Indian journal of veterinary science and animal husbandry - Volume 6,
Year: 1936
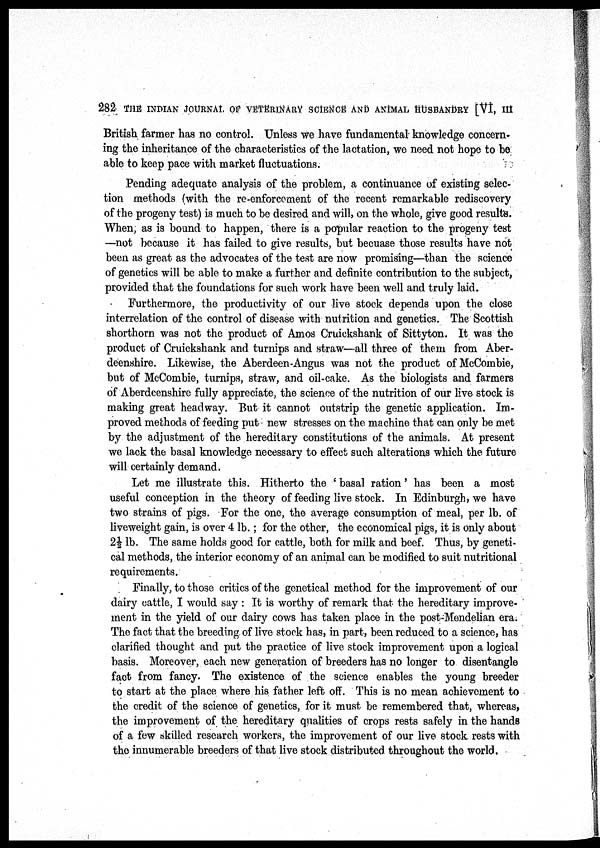
282 THE INDIAN JOURNAL OF VETERINARY SCIENCE AND ANIMAL HUSBANDRY [VI, III
British farmer has no control. Unless we have fundamental knowledge concern-
ing the inheritance of the characteristics of the lactation, we need not hope to be
able to keep pace with market fluctuations.
Pending adequate analysis of the problem, a continuance of existing selec-
tion methods (with the re-enforcement of the recent remarkable rediscovery
of the progeny test) is much to be desired and will, on the whole, give good results.
When, as is bound to happen, there is a popular reaction to the progeny test
—not because it has failed to give results, but becuase those results have not
been as great as the advocates of the test are now promising—than the science
of genetics will be able to make a further and definite contribution to the subject,
provided that the foundations for such work have been well and truly laid.
Furthermore, the productivity of our live stock depends upon the close
interrelation of the control of disease with nutrition and genetics. The Scottish
shorthorn was not the product of Amos Cruickshank of Sittyton. It was the
product of Cruickshank and turnips and straw—all three of them from Aber-
deenshire. Likewise, the Aberdeen-Angus was not the product of McCombie,
but of McCombie, turnips, straw, and oil-cake. As the biologists and farmers
of Aberdeenshire fully appreciate, the science of the nutrition of our live stock is
making great headway. But it cannot outstrip the genetic application. Im-
proved methods of feeding put new stresses on the machine that can only be met
by the adjustment of the hereditary constitutions of the animals. At present
we lack the basal knowledge necessary to effect such alterations which the future
will certainly demand.
Let me illustrate this. Hitherto the ' basal ration' has been a most
useful conception in the theory of feeding live stock. In Edinburgh, we have
two strains of pigs. For the one, the average consumption of meal, per lb. of
liveweight gain, is over 4 lb ; for the other, the economical pigs, it is only about
2½ lb. The same holds good for cattle, both for milk and beef. Thus, by geneti-
cal methods, the interior economy of an animal can be modified to suit nutritional
requirements.
Finally, to those critics of the genetical method for the improvement of our
dairy cattle, I would say : It is worthy of remark that the hereditary improve-
ment in the yield of our dairy cows has taken place in the post Mendelian era.
The fact that the breeding of live stock has, in part, been reduced to a science, has
clarified thought and put the practice of live stock improvement upon a logical
basis. Moreover, each new generation of breeders has no longer to disentangle
fact from fancy. The existence of the science enables the young breeder
to start at the place where his father left off. This is no mean achievement to
the credit of the science of genetics, for it must be remembered that, whereas,
the improvement of the hereditary qualities of crops rests safely in the hands
of a few skilled research workers, the improvement of our live stock rests with
the innumerable breeders of that live stock distributed throughout the world.